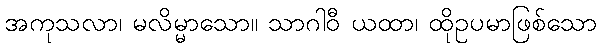
အကုသလာ၊ မလိမ္မာသော။ သာဂါဝီ ယထာ၊ ထိုဥပမာဖြစ်သော